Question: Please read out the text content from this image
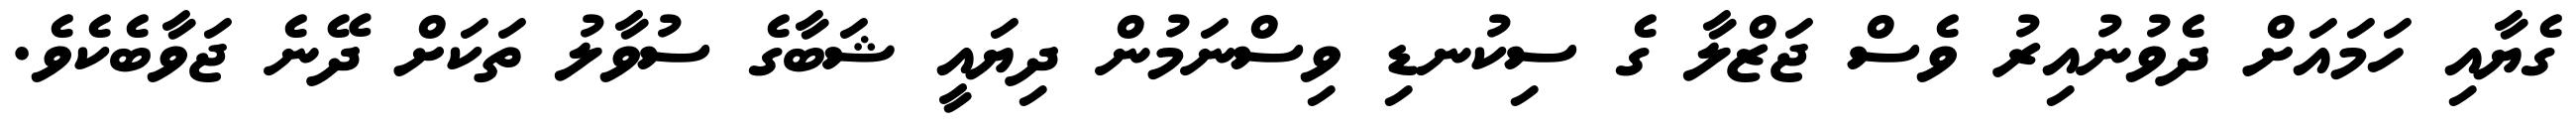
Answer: ގެޔާއި ހަމައަށް ދެވުނުއިރު ވެސް ޖަޒްލާ ގެ ސިކުނޑި ވިސްނަމުން ދިޔައީ ޝަބާގެ ސުވާލު ތަކަށް ދޭނެ ޖަވާބެކެވެ.